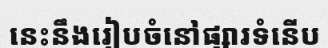
នេះនឹងរៀបចំនៅផ្សារទំនើប